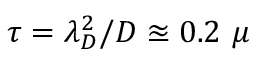
\tau = \lambda _ { D } ^ { 2 } / D \approxeq 0 . 2 \ \mu